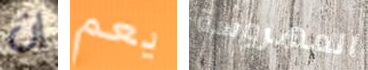
إن يعم المهروسة